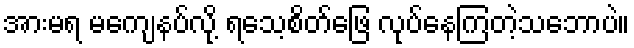
အားမရ မကျေနပ်လို့ ရသေ့စိတ်ဖြေ လုပ်နေကြတဲ့သဘောပဲ။